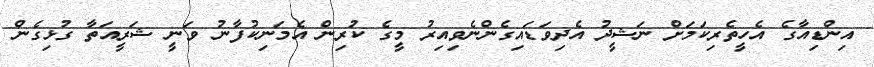
އިންޑިއާގެ އެހީތެރިކަމަށް ނަޝީދު އެދިވަޑައިގެންނެވިއިރު މީގެ ކުރިން އެމަނިކުފާނު ވަނީ ޝަރީއަތާ ގުޅިގެން